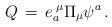
\begin{align*}Q\, =\, e_a^{\; \mu} \Pi_{\mu} \psi^{a}\, . \end{align*}